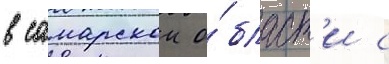
в самарскои о́бласт'и с